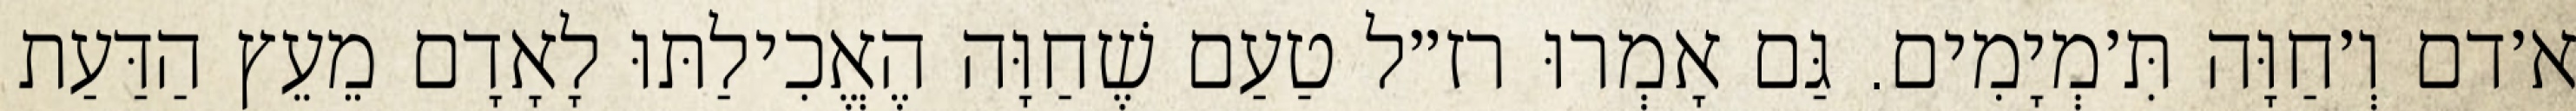
א׳דם וְ׳חַוָּה תִּ׳מְיָמִים. גַּם אָמְרוּ רז״ל טַעַם שֶׁחַוָּה הֶאֱכִילַתּוּ לָאָדָם מֵעֵץ הַדַּעַת